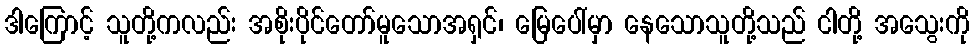
ဒါကြောင့် သူတို့ကလည်း အစိုးပိုင်တော်မူသောအရှင်၊ မြေပေါ်မှာ နေသောသူတို့သည် ငါတို့ အသွေးကို